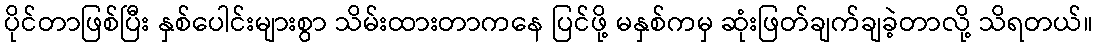
ပိုင်တာဖြစ်ပြီး နှစ်ပေါင်းများစွာ သိမ်းထားတာကနေ ပြင်ဖို့ မနှစ်ကမှ ဆုံးဖြတ်ချက်ချခဲ့တာလို့ သိရတယ်။